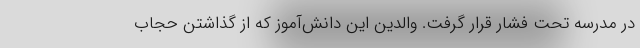
در مدرسه تحت فشار قرار گرفت. والدین این دانش‌آموز که از گذاشتن حجاب